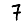
Digit: 7